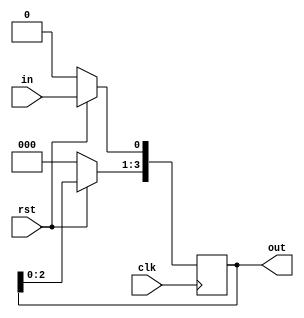
`timescale 1ns/1ps

module SIPOshift(in, out, clk, rst);
  
  
  input in, clk, rst;
  
  output reg [3:0]out;
  //cevap anahtar tmp diye bir buffer daha atm, register israf.
  
  always @(posedge clk) begin
    
    if(~rst) out=4'b0000; //reset
    
    else begin
      out<=out<<1;//bufferi 1 sola kaydr
      out[0]<=in;//bufferin lsb ini kaydrlacak veriye eitle
      
          
    end
  end
  
endmodule